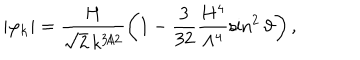
LaTeX: \vert \varphi _ { \bf k } \vert = \frac { H } { \sqrt { 2 } \, k ^ { 3 / 2 } } \left( 1 - \frac { 3 } { 3 2 } \frac { H ^ { 4 } } { \Lambda ^ { 4 } } \sin ^ { 2 } \vartheta \right) ,